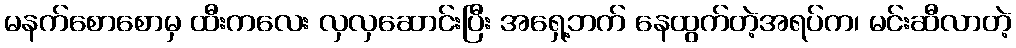
မနက်စောစောမှ ထီးကလေး လှလှဆောင်းပြီး အရှေ့ဘက် နေထွက်တဲ့အရပ်က၊ မင်းဆီလာတဲ့